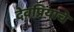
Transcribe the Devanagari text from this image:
देवप्रियाचे